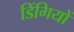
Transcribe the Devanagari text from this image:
डिंगियों